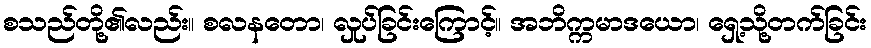
စသည်တို့၏လည်း။ စလနတော၊ လှုပ်ခြင်းကြောင့်။ အဘိက္ကမာဒယော၊ ရှေ့သို့တက်ခြင်း